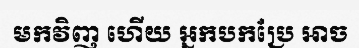
មកវិញ ហើយ អ្នកបកប្រែ អាច